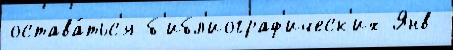
остава́тьс'я б'ибл'иограф'ическ'их Янв